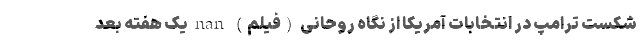
شکست ترامپ در انتخابات آمریکا از نگاه روحانی (فیلم) nan یک هفته بعد